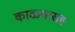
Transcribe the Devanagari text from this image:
काळ्यासह